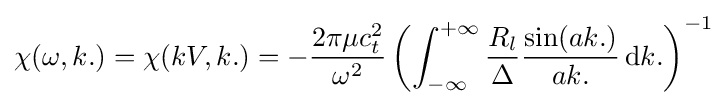
\chi (\omega ,k.)=\chi (kV,k.)=-{2\pi \mu c_{t}^{2} \over \omega ^{2}}\left(\int _{-\infty }^{+\infty }{R_{l} \over \Delta }{\sin(ak.) \over ak.}\operatorname {d} \!k.\right)^{-1}